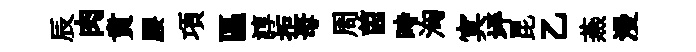
辰肉賁腰項區諄拒母周茵時洶㝠坪昆乙燕漫